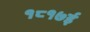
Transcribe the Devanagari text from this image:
१८१७ई